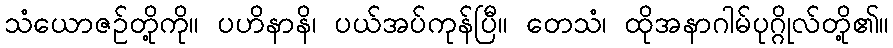
သံယောဇဉ်တို့ကို။ ပဟိနာနိ၊ ပယ်အပ်ကုန်ပြီ။ တေသံ၊ ထိုအနာဂါမ်ပုဂ္ဂိုလ်တို့၏။